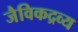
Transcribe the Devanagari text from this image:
जैविकद्रव्य